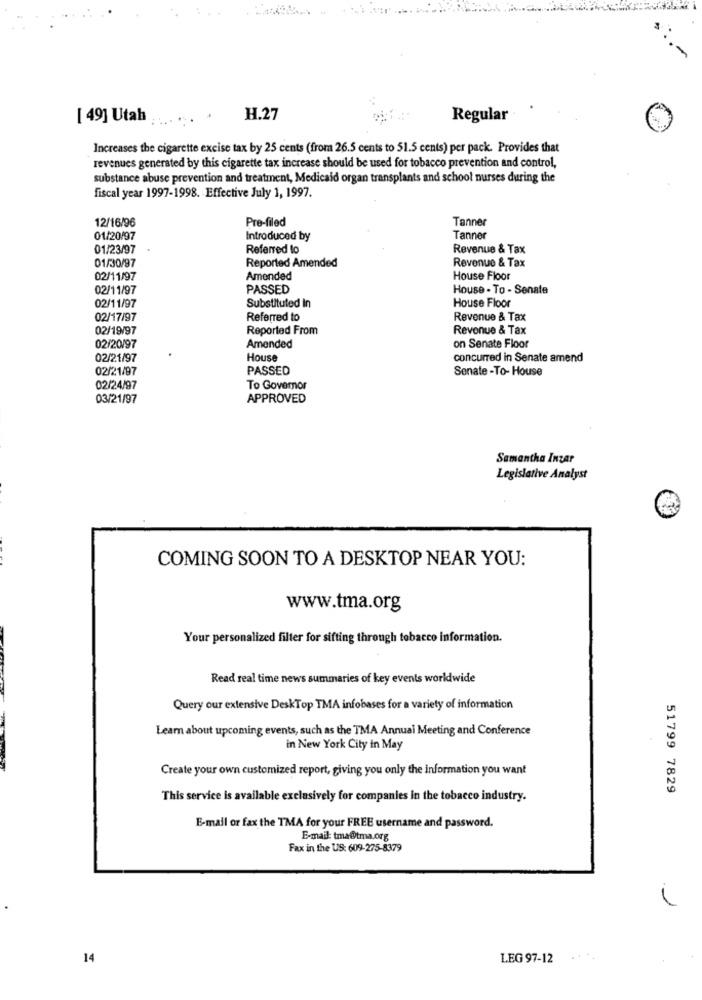
[ 49] Utah
H.27
Regular
Increases the cigarette excise tax by 25 cents (from 26.5 cents to 51.5 cents) per pack. Provides that
revenues generated by this cigarette tax increase should be used for tobacco prevention and control,
substance abuse prevention and treatment, Medicaid organ transplants and school nurses during the
fiscal year 1997-1998. Effective July 1, 1997.
12/16/96
Pre-filed
Tanner
01/20/97
Introduced by
Tanner
01/23/97
Referred to
Revenue & Tax
01/30/97
Reported Amended
Revenue & Tax
02/11/97
Amended
House Floor
02/11/97
PASSED
House - To - Senate
02/11/97
Substituted In
House Floor
02/17/97
Referred to
Revenue & Tax
02/19/97
Reported From
Revenue & Tax
Amended
on Senate Floor
02/20/97
02/21/97
House
concurred in Senate amend
02/21/97
PASSED
Senate -To- House
02/24/97
To Governor
03/21/97
APPROVED
Samantha Inzar
Legislative Analyst
COMING SOON TO A DESKTOP NEAR YOU:
www.tma.org
Your personalized filter for sifting through tobacco information.
Read real time news summaries of key events worldwide
Query our extensive DeskTop TMA infobases for a variety of information
Learn about upcoming events, such as the TMA Annual Meeting and Conference
in New York City in May
Create your own customized report, giving you only the information you want
51799 7829
This service is available exclusively for companies in the tobacco industry.
E-mail or fax the TMA for your FREE username and password.
E-mail: tma@tma.org
Fax in the US: 609-275-8379
14
LEG 97-12